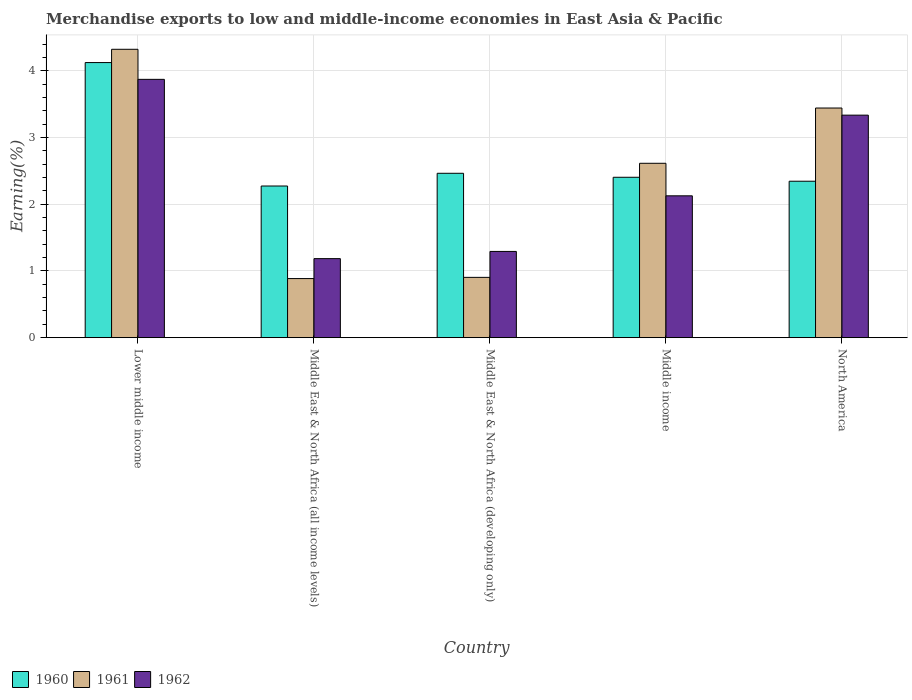
| Country | 1960 | 1961 | 1962 |
 | --- | --- | --- | --- |
 | Lower middle income | 4.12 | 4.32 | 3.87 |
 | Middle East & North Africa (all income levels) | 2.27 | 0.886 | 1.19 |
 | Middle East & North Africa (developing only) | 2.46 | 0.904 | 1.29 |
 | Middle income | 2.4 | 2.61 | 2.13 |
 | North America | 2.35 | 3.44 | 3.34 |